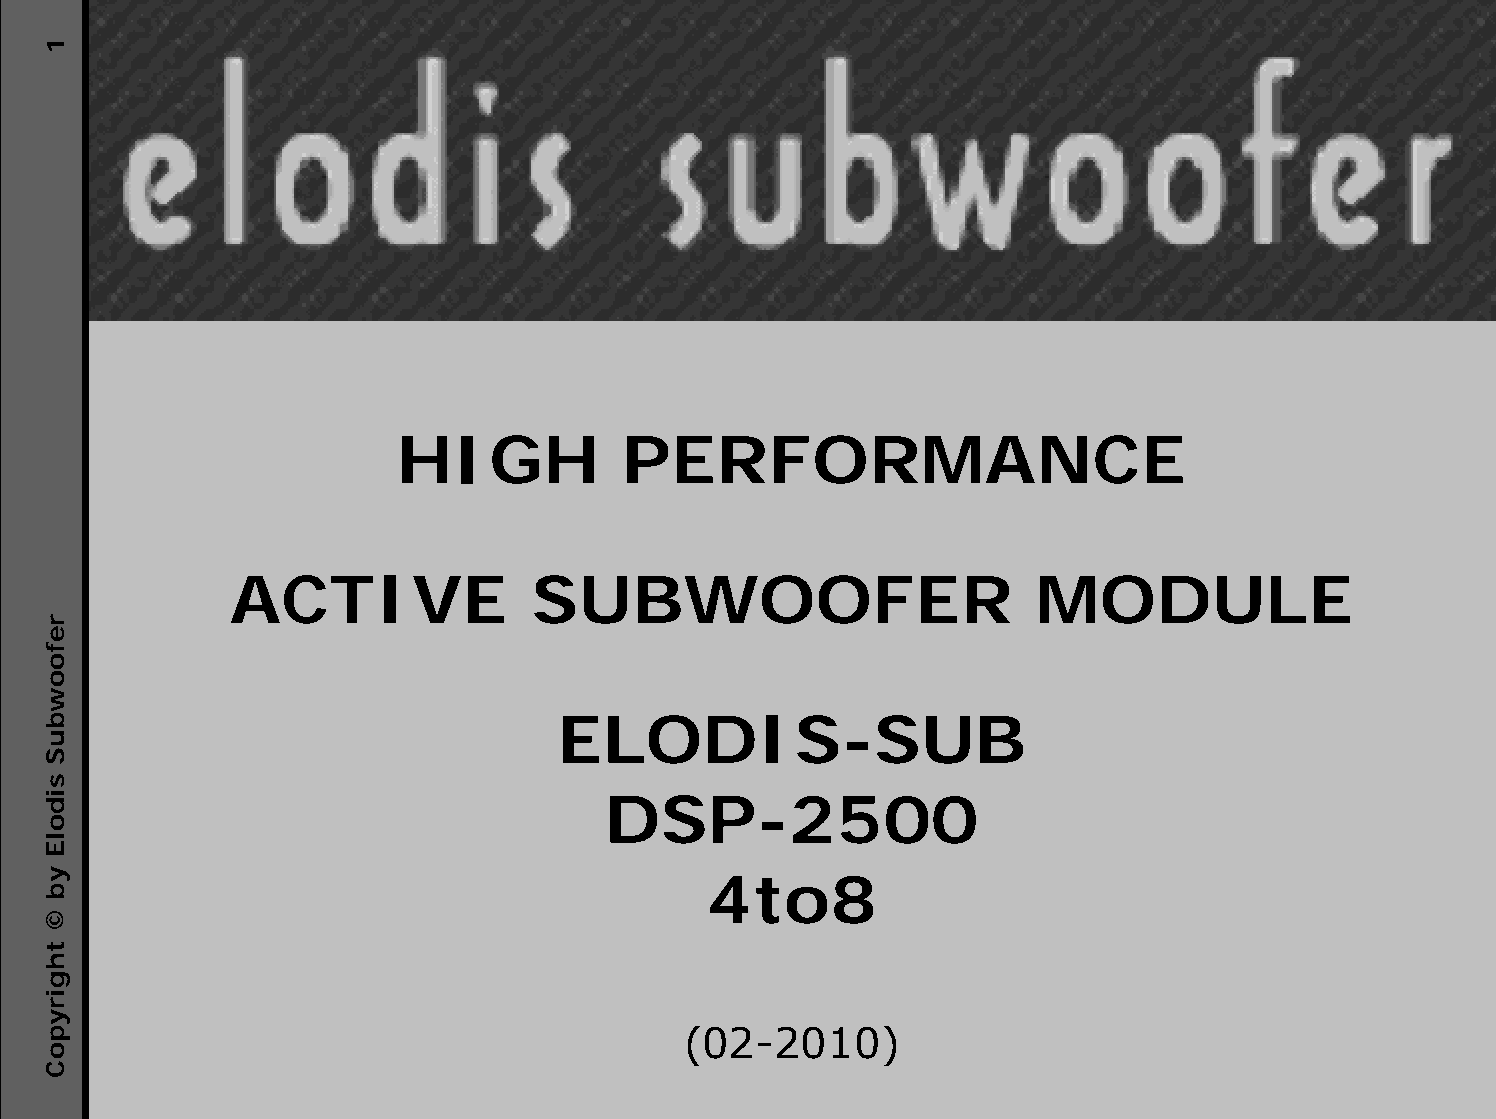
HIGH           PERFORMANCE
 ACTIVE              SUBWOOFER                        MODULE
 ELODIS-SUB
 DSP-2500
 4to8
 (02-2010)
 1
 refoowbuS
 sidolE
 yb
 ©
 thgirypoC